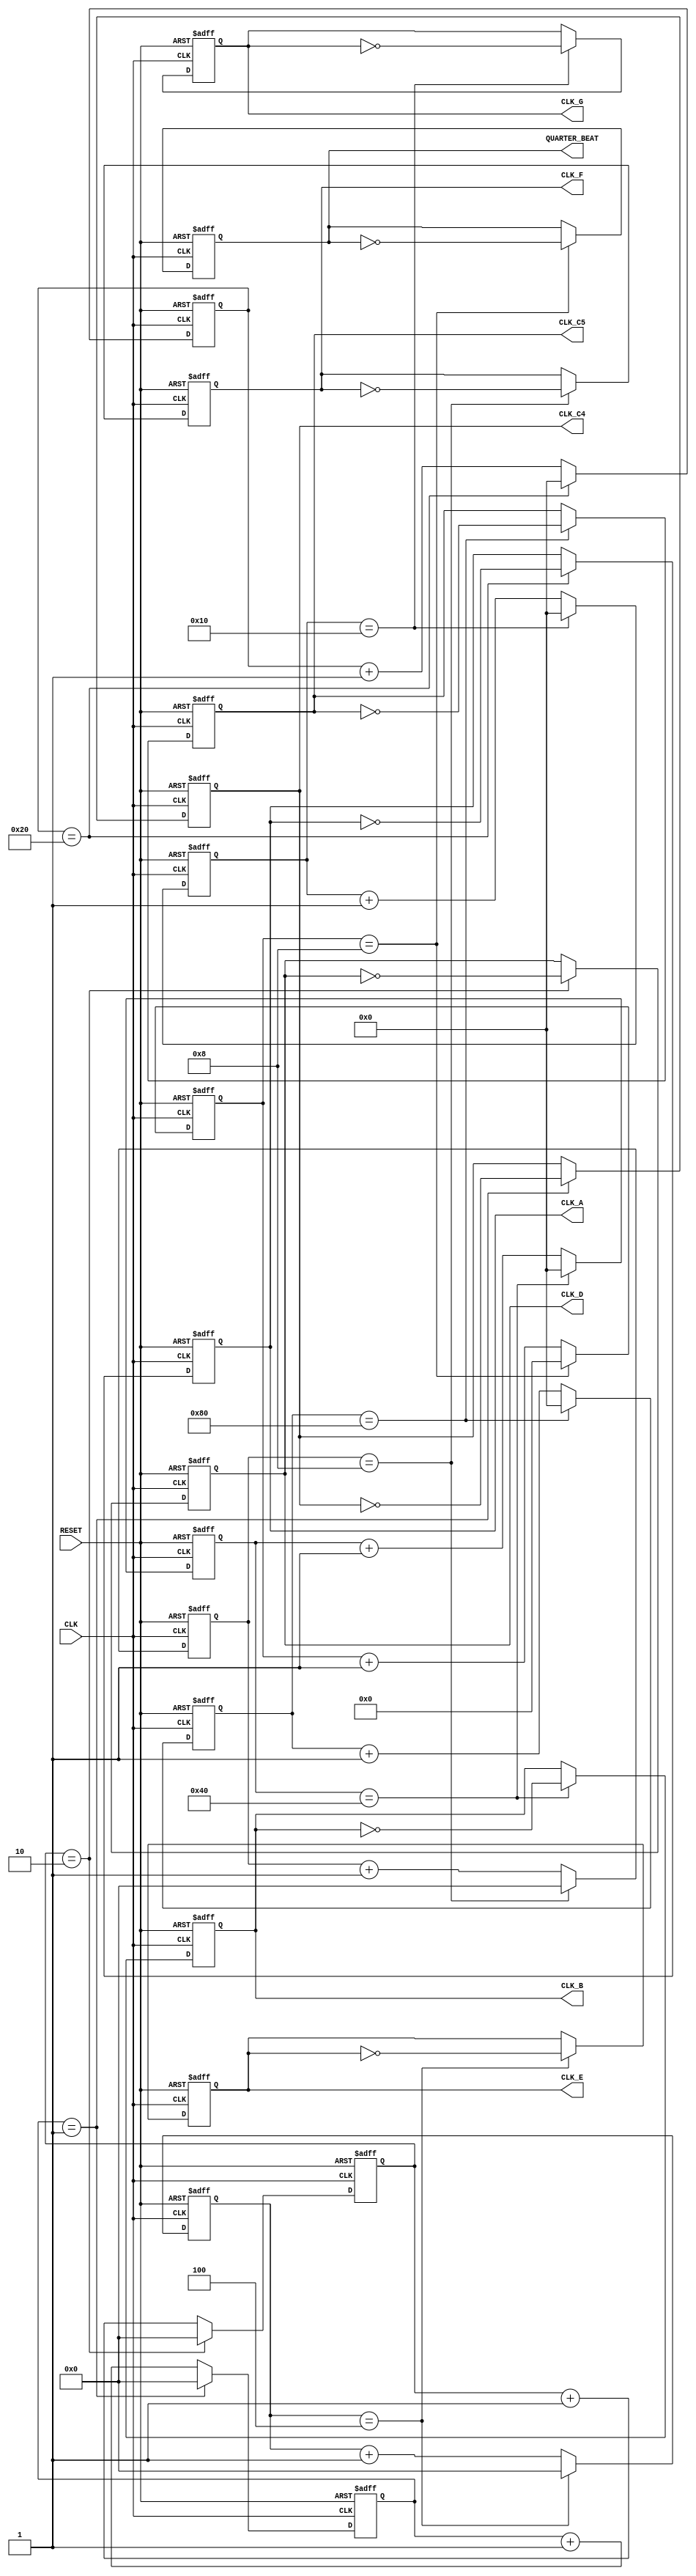
`timescale 1ns / 1ps

module clockManager(    // Clock manager that outputs all clock signals.
	input CLK,
	input RESET,
	output reg CLK_C4,	// 261.63 ==> 382219
	output reg CLK_D,	// 293.66 ==> 340530
	output reg CLK_E,	// 329.63 ==> 303370
	output reg CLK_F,	// 349.23 ==> 286344
	output reg CLK_G,	// 392.00 ==> 255102
	output reg CLK_A,   // 440.00 ==> 227272
	output reg CLK_B,	// 493.88 ==> 202429
	output reg CLK_C5, 	// 523.25 ==> 191204
	output reg QUARTER_BEAT
	);

/* tempo=110 ==>
 * 	 eighth note:  250 ms ==> 
 * 	 quarter note : 500 ms ==> 	28'b1011_1110_1011_1100_0010_0000_0000
 *	 one half note: 1000 ms ==> 			
 */

reg [17:0] cnt_CLK_C4;
reg [17:0] cnt_CLK_D;
reg [17:0] cnt_CLK_E;
reg [17:0] cnt_CLK_F;
reg [16:0] cnt_CLK_G;
reg [16:0] cnt_CLK_A;
reg [16:0] cnt_CLK_B;
reg [16:0] cnt_CLK_C5;
reg [23:0] cnt_QUARTER;

// CLK_C4
always @ (posedge CLK or posedge RESET) begin
	if (RESET) begin
		cnt_CLK_C4 <= 18'b0;
		CLK_C4 <= 0;
	end
	else begin 
		//if (cnt_CLK_C4 == 18'b10_1110_1010_1000_0101) begin  /* for synthesis */
		if (cnt_CLK_C4 == 18'b000_0000_0000_0000_001) begin /* for testbench */
			cnt_CLK_C4 <= 18'b0;
			CLK_C4 <= ~CLK_C4;
		end
		else begin
			cnt_CLK_C4 <= cnt_CLK_C4 + 1'b1;
			CLK_C4 <= CLK_C4;
		end
	end
end

// CLK_D
always @ (posedge CLK or posedge RESET) begin
	if (RESET) begin
		cnt_CLK_D <= 18'b0;
		CLK_D <= 0;
	end
	else begin 
		//if (cnt_CLK_D == 18'b101_0011_0010_0011_001 ) begin   /* for synthesis */
		if (cnt_CLK_D == 18'b000_0000_0000_0000_010) begin /* for testbench */
			cnt_CLK_D <= 18'b0;
			CLK_D <= ~CLK_D;
		end
		else begin
			cnt_CLK_D <= cnt_CLK_D + 1'b1;
			CLK_D <= CLK_D;
		end
	end
end


// CLK_E
always @ (posedge CLK or posedge RESET) begin
	if (RESET) begin
		cnt_CLK_E <= 18'b0;
		CLK_E <= 0;
	end
	else begin 
		//if (cnt_CLK_E == 18'b100_1010_0001_0000_101 ) begin  /* for synthesis */
		if (cnt_CLK_E == 18'b000_0000_0000_0000_100) begin /* for testbench */
			cnt_CLK_E <= 18'b0;
			CLK_E <= ~CLK_E;
		end
		else begin
			cnt_CLK_E <= cnt_CLK_E + 1'b1;
			CLK_E <= CLK_E;
		end
	end
end

// CLK_F
always @ (posedge CLK or posedge RESET) begin
	if (RESET) begin
		cnt_CLK_F <= 18'b0;
		CLK_F <= 0;
	end
	else begin 
		//if (cnt_CLK_F == 18'b100_0101_1110_1000_100 ) begin   /* for synthesis */
		if (cnt_CLK_F == 18'b000_0000_0000_0001_000) begin /* for testbench */
			cnt_CLK_F <= 18'b0;
			CLK_F <= ~CLK_F;
		end
		else begin
			cnt_CLK_F <= cnt_CLK_F + 1'b1;
			CLK_F <= CLK_F;
		end
	end
end


// CLK_G
always @ (posedge CLK or posedge RESET) begin
	if (RESET) begin
		cnt_CLK_G <= 17'b0;
		CLK_G <= 0;
	end
	else begin 
		//if (cnt_CLK_G == 17'b11_1110_0100_0111_111 ) begin  /* for synthesis */
		if (cnt_CLK_G == 17'b00_0000_0000_0010_000) begin /* for testbench */
			cnt_CLK_G <= 17'b0;
			CLK_G <= ~CLK_G;
		end
		else begin
			cnt_CLK_G <= cnt_CLK_G + 1'b1;
			CLK_G <= CLK_G;
		end
	end
end

// CLK_A
always @ (posedge CLK or posedge RESET) begin
	if (RESET) begin
		cnt_CLK_A <= 17'b0;
		CLK_A <= 0;
	end
	else begin 
		//if (cnt_CLK_A == 17'b11_0111_0111_1100_100) begin  /* for synthesis */
		if (cnt_CLK_A == 17'b00_0000_0000_0100_000) begin /* for testbench */
			cnt_CLK_A <= 17'b0;
			CLK_A <= ~CLK_A;
		end
		else begin
			cnt_CLK_A <= cnt_CLK_A + 1'b1;
			CLK_A <= CLK_A;
		end
	end
end

// CLK_B
always @ (posedge CLK or posedge RESET) begin
	if (RESET) begin
		cnt_CLK_B <= 17'b0;
		CLK_B <= 0;
	end
	else begin 
		//if (cnt_CLK_B == 17'b11_0001_0110_1011_110 ) begin  /* for synthesis */
		if (cnt_CLK_B == 17'b00_0000_0000_1000_000) begin /* for testbench */
			cnt_CLK_B <= 17'b0;
			CLK_B <= ~CLK_B;
		end
		else begin
			cnt_CLK_B <= cnt_CLK_B + 1'b1;
			CLK_B <= CLK_B;
		end
	end
end


// CLK_C5
always @ (posedge CLK or posedge RESET) begin
	if (RESET) begin
		cnt_CLK_C5 <= 17'b0;
		CLK_C5 <= 0;
	end
	else begin 
		//if (cnt_CLK_C5 == 17'b10_1110_1010_1110_010) begin  /* for synthesis */
		if (cnt_CLK_C5 == 17'b00_0000_0001_0000_000) begin /* for testbench */
			cnt_CLK_C5 <= 17'b0;
			CLK_C5 <= ~CLK_C5;
		end
		else begin
			cnt_CLK_C5 <= cnt_CLK_C5 + 1'b1;
			CLK_C5 <= CLK_C5;
		end
	end
end

// QUARTER_NOTE
always @ (posedge CLK or posedge RESET) begin
	if (RESET) begin
		cnt_QUARTER <= 24'b0;
		QUARTER_BEAT <= 0;
	end
	else begin 
		//if (cnt_QUARTER == 24'b1110_1011_1100_0010_0000_0000) begin  /* for synthesis */
		if (cnt_QUARTER == 24'b0000_0000_0000_0000_0000_1000) begin /* for testbench */
			cnt_QUARTER <= 10'b0;
			QUARTER_BEAT <= ~QUARTER_BEAT;
		end
		else begin
			cnt_QUARTER <= cnt_QUARTER + 1'b1;
			QUARTER_BEAT <= QUARTER_BEAT;
		end
	end
end

endmodule